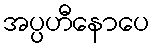
အပ္ပဟီနောပေ